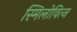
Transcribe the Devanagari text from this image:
स्मिलोवित्ज